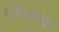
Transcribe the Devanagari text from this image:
गोप्थल